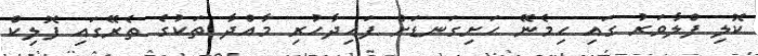
ކޮލި ފްލާވަރު ގައި ހިމެނޭ ހަށިގަނޑަށް ފައިދާހުރި މާއްދާ ތަކުގެ ތެރޭގައި ފޮލިކް